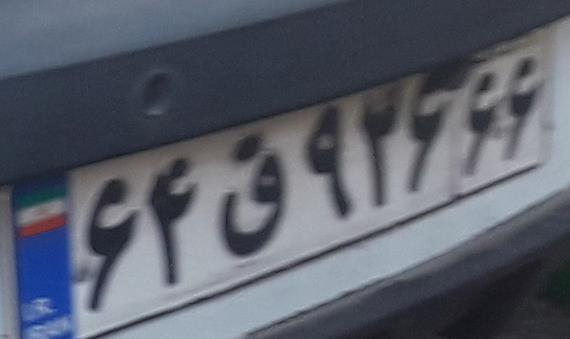
۶۴ق۹۲۶۶۶